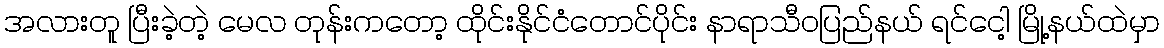
အလားတူ ပြီးခဲ့တဲ့ မေလ တုန်းကတော့ ထိုင်းနိုင်ငံတောင်ပိုင်း နာရာသီဝပြည်နယ် ရင်ငေါ့ မြို့နယ်ထဲမှာ